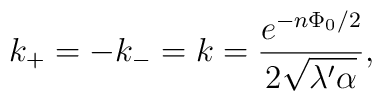
k_+=-k_-=k=\frac{e^{-n\Phi_0/2}}{2\sqrt{\lambda'\alpha}},